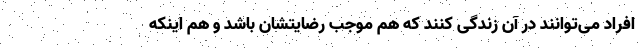
افراد می‌توانند در آن زندگی کنند که هم موجب رضایتشان باشد و هم اینکه